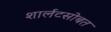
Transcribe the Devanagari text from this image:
शार्लटसोबत